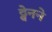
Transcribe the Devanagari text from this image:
ट्वेनने